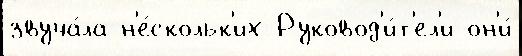
звуча́ла н'е́скольк'их Руковод'и́т'ел'и он'и́